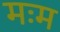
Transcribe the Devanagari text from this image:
मःम